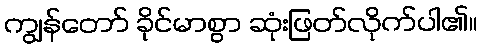
ကျွန်တော် ခိုင်မာစွာ ဆုံးဖြတ်လိုက်ပါ၏။